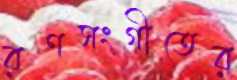
রণসংগীতের